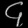
Digit: ၄